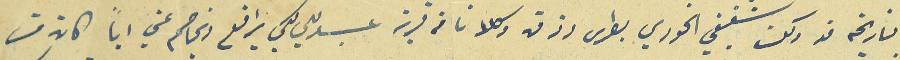
بتاريخه قد وكلت شقيقي الخوري بطرس رزق وكلانا من قرية عبدللي لكي يرافع ويخاصم عني اياً كان من